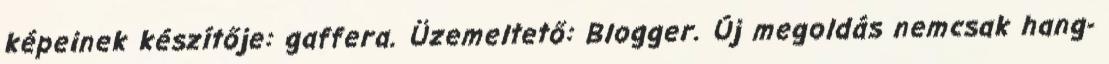
képeinek készítője: gaffera. Üzemeltető: Blogger. Új megoldás nemcsak hang-